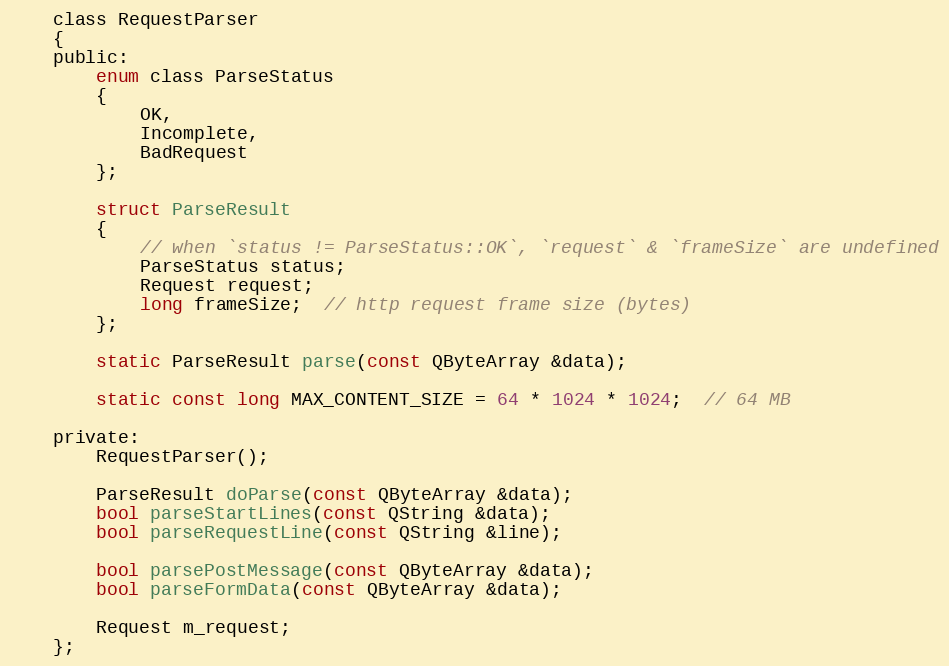
Language: C
    class RequestParser
    {
    public:
        enum class ParseStatus
        {
            OK,
            Incomplete,
            BadRequest
        };

        struct ParseResult
        {
            // when `status != ParseStatus::OK`, `request` & `frameSize` are undefined
            ParseStatus status;
            Request request;
            long frameSize;  // http request frame size (bytes)
        };

        static ParseResult parse(const QByteArray &data);

        static const long MAX_CONTENT_SIZE = 64 * 1024 * 1024;  // 64 MB

    private:
        RequestParser();

        ParseResult doParse(const QByteArray &data);
        bool parseStartLines(const QString &data);
        bool parseRequestLine(const QString &line);

        bool parsePostMessage(const QByteArray &data);
        bool parseFormData(const QByteArray &data);

        Request m_request;
    };